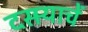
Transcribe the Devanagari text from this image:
दसर्‍याचें